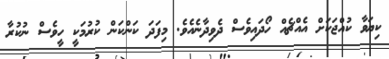
ކިޔަވާ ކުއްޖަކަށް އެއްޗެއް ހޯދައިވެސް ދެވިދާނެއެވެ. މިފަދަ ކަންކަން ކުރުމަކީ ހީވެސް ނުކުރާ